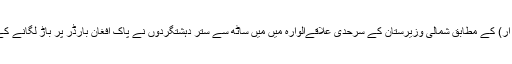
پاک فوج کے شعبہ تعلقات عامہ (آئی ایس پی آر) کے مطابق شمالی وزیرستان کے سرحدی علاقےالوارہ میں میں ساٹھ سے ستر دہشتگردوں نے پاک افغان بارڈر پر باڑ لگانے کے دوران پاک فوج کے جوانوں پر حملہ کردیا۔